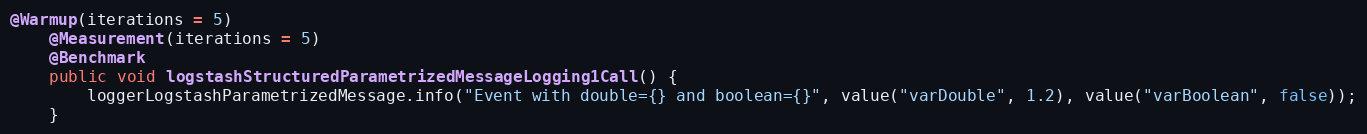
Language: Java
@Warmup(iterations = 5)
    @Measurement(iterations = 5)
    @Benchmark
    public void logstashStructuredParametrizedMessageLogging1Call() {
        loggerLogstashParametrizedMessage.info("Event with double={} and boolean={}", value("varDouble", 1.2), value("varBoolean", false));
    }